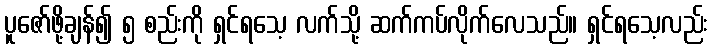
ပူဇော်ဖို့ချန်၍ ၅ စည်းကို ရှင်ရသေ့ လက်သို့ ဆက်ကပ်လိုက်လေသည်။ ရှင်ရသေ့လည်း